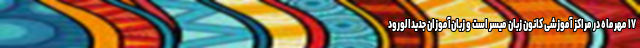
۱۷ مهرماه در مراکز آموزشی کانون زبان میسر است و زبان‌آموزان جدیدالورود